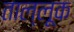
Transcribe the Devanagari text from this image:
ताल्लूक